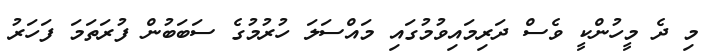
މި ދެ މީހުންކީ ވެސް ދަރިމައިވުމުގައި މައްސަލަ ހުރުމުގެ ސަބަބުން ފުރަތަމަ ފަހަރު